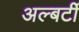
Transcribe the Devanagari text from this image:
अल्बर्टी